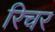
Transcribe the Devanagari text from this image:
रिचर